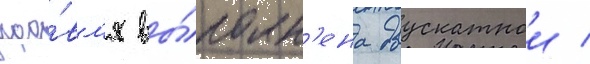
кро́вл'я вы́полн'ена двускатнои /